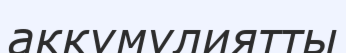
аккумулиятты